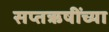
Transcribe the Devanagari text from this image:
सप्तऋषींच्या